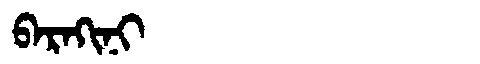
Manchu: ᠪᠠᡵᠠᡴᡳᠨᡳ
Romanization: BARAKINI